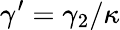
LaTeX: \gamma^{\prime}=\gamma_{2}/\kappa